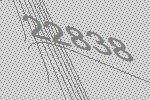
22838